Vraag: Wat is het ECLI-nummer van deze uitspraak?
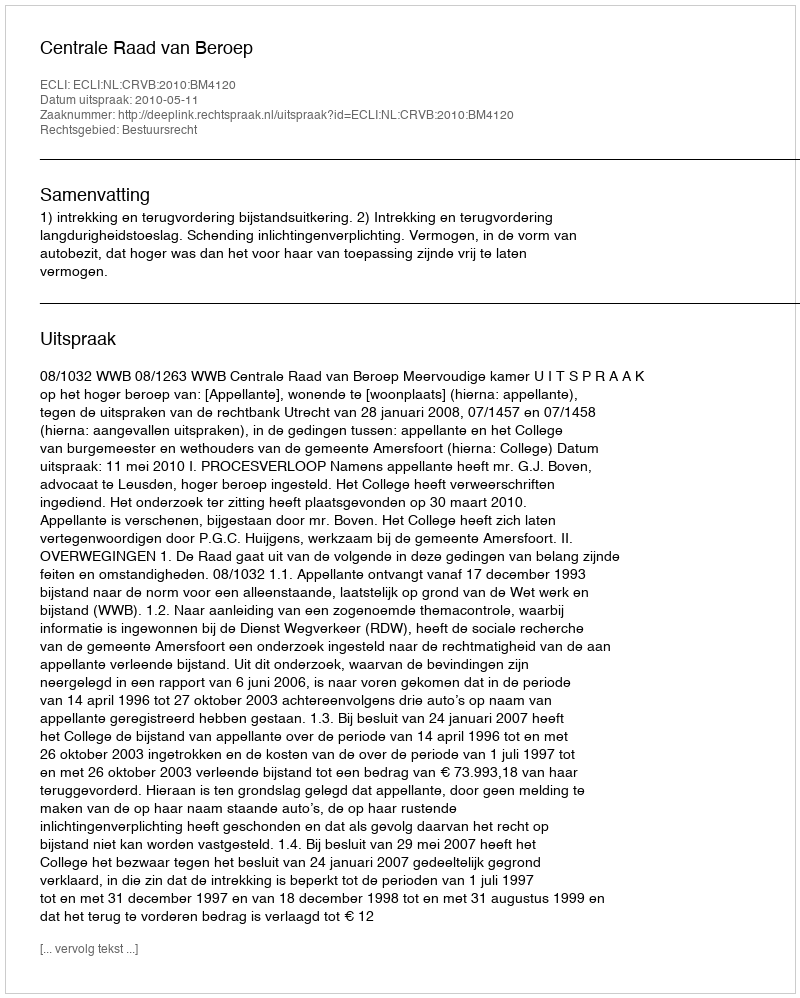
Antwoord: ECLI:NL:CRVB:2010:BM4120